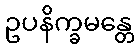
ဥပနိက္ခမန္တေ